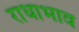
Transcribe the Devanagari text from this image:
राधाभाव